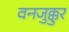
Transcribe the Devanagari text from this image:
वनजुक्कुर